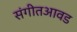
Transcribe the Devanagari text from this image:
संगीतआवड